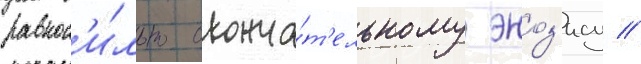
равнос'и́льно оконча́т'ельному эноз'ису //